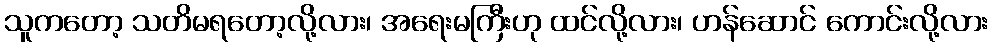
သူကတော့ သတိမရတော့လို့လား၊ အရေးမကြီးဟု ထင်လို့လား၊ ဟန်ဆောင် ကောင်းလို့လား